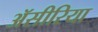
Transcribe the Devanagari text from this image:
ॲसीरिया